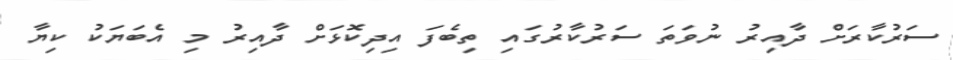
ސަރުކާރަށް ދާއިރު ނުވަތަ ސަރުކާރުގައި ތިބެފަ އިދިކޮޅަށް ދާއިރު މި އެބަޔަކު ކިޔާ